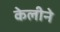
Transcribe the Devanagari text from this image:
केलीने